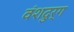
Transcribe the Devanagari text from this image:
वंशदुर्ग